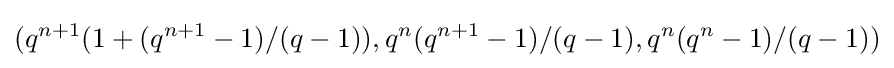
(q^{n+1}(1+(q^{n+1}-1)/(q-1)),q^{n}(q^{n+1}-1)/(q-1),q^{n}(q^{n}-1)/(q-1))